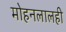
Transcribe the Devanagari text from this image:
मोहनलालही